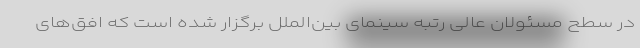
در سطح مسئولان عالی رتبه سینمای بین‌الملل برگزار شده است که افق‌های